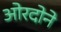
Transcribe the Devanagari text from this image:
ओरदोने